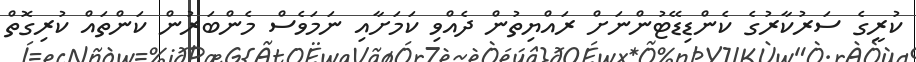
ކުރީގެ ސަރުކާރުގެ ކެންޑިޑޭޓުންނަށް ރައްޔިތުން ދެއްވި ކަމަށާއި ނަމަވެސް މެންބަރުން ކަންތައް ކުރިގޮތް